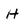
Character: H